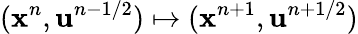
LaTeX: (\mathbf{x}^{n},\mathbf{u}^{n-1/2})\mapsto(\mathbf{x}^{n+1},\mathbf{u}^{n+1/2})